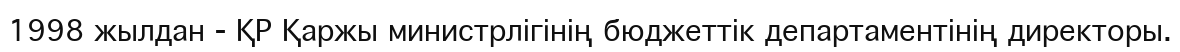
1998 жылдан - ҚР Қаржы министрлігінің бюджеттік департаментінің директоры.